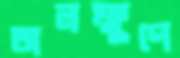
অলক্ষুণে